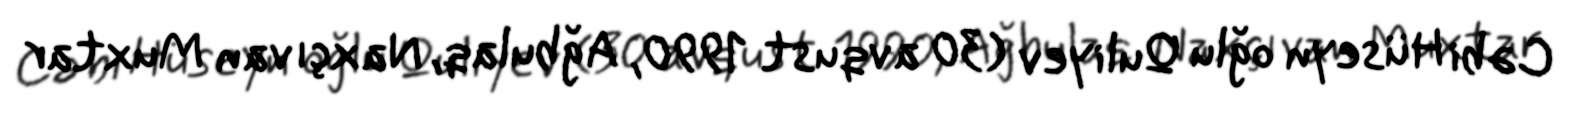
Cəbi Hüseyn oğlu Quliyev (30 avqust 1990, Ağbulaq, Naxçıvan Muxtar